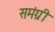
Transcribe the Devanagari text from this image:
समंग्री